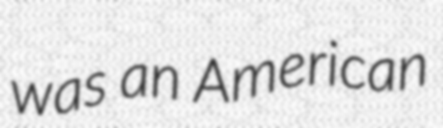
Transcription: was an American